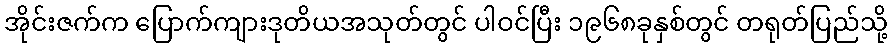
အိုင်းဇက်က ပြောက်ကျားဒုတိယအသုတ်တွင် ပါဝင်ပြီး ၁၉၆၈ခုနှစ်တွင် တရုတ်ပြည်သို့